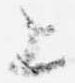
上